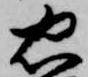
忠